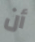
أن